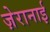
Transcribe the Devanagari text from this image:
ज़ेरानाई